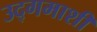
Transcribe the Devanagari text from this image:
उद्‌गमाशी